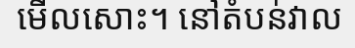
មើលសោះ។ នៅតំបន់វាល